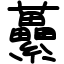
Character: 虆